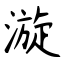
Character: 漩